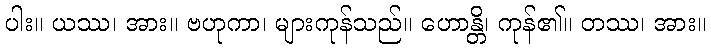
ပါး။ ယဿ၊ အား။ ဗဟုကာ၊ များကုန်သည်။ ဟောန္တိ၊ ကုန်၏။ တဿ၊ အား။